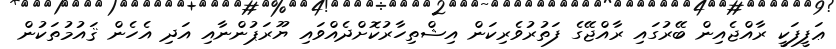
ޢަފީފަކީ ރާއްޖެއިން ބޭރުގައި ރާއްޖޭގެ ފަތުރުވެރިކަން އިޝްތިހާރުކޮށްދެއްވައި ޔޫރަޕުންނާއި އަދި އެހެން ޤައުމުތަކުން